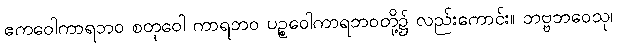
ဧကဝေါကာရဘဝ စတုဝေါ ကာရဘဝ ပဉ္စဝေါကာရဘဝတို့၌ လည်းကောင်း။ ဘဗ္ဗဘဝေသု၊